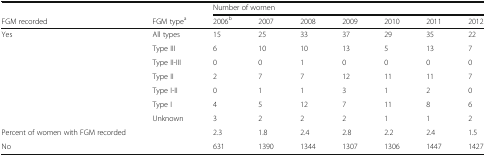
| <COLSPAN=2>  | <COLSPAN=7> Number of women |
 | FGM recorded | FGM typea | 2006b | 2007 | 2008 | 2009 | 2010 | 2011 | 2012 |
 | --- | --- | --- | --- | --- | --- | --- | --- | --- |
 | Yes | All types | 15 | 25 | 33 | 37 | 29 | 35 | 22 |
 |  | Type III | 6 | 10 | 10 | 13 | 5 | 13 | 7 |
 |  | Type II-III | 0 | 0 | 1 | 0 | 0 | 0 | 0 |
 |  | Type II | 2 | 7 | 7 | 12 | 11 | 11 | 7 |
 |  | Type I-II | 0 | 1 | 1 | 3 | 1 | 2 | 0 |
 |  | Type I | 4 | 5 | 12 | 7 | 11 | 8 | 6 |
 |  | Unknown | 3 | 2 | 2 | 2 | 1 | 1 | 2 |
 | Percent of women with FGM recorded |  | 2.3 | 1.8 | 2.4 | 2.8 | 2.2 | 2.4 | 1.5 |
 | No |  | 631 | 1390 | 1344 | 1307 | 1306 | 1447 | 1427 |